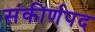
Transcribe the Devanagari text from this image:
संकीर्णपद